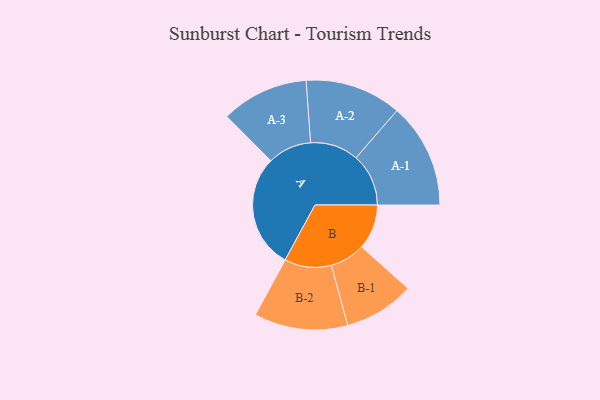
{"axis": {"x": "Segment", "y": "Value"}, "legend": ["", "A", "B"], "data": [{"x": "A", "y": 402, "type": ""}, {"x": "B", "y": 158, "type": ""}, {"x": "A-1", "y": 185, "type": "A"}, {"x": "A-2", "y": 170, "type": "A"}, {"x": "A-3", "y": 154, "type": "A"}, {"x": "B-1", "y": 124, "type": "B"}, {"x": "B-2", "y": 165, "type": "B"}]}